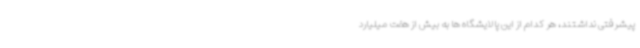
پیشرفتی نداشتند، هر کدام از این پالایشگاه ها به بیش از هفت میلیارد